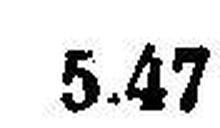
5.47